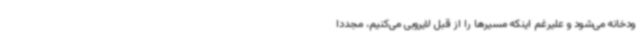
ودخانه می‌شود و علیرغم اینکه مسیرها را از قبل لایروبی می‌کنیم، مجددا